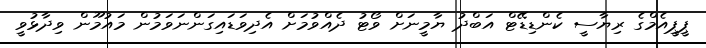
ޕީޕީއެމްގެ ރިޔާސީ ކެންޑިޑޭޓް އަބްދު ޔާމީނަށް ވޯޓު ދެއްވުމަށް އެދިވަޑައިގަންނަވަމުން މައުމޫން ވިދާޅުވީ